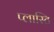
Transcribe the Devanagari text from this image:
प्लास्टि